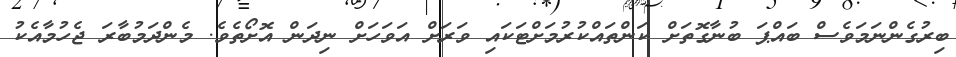
ބިރުގެންނަމަވެސް ބައްޕަ ބުނާގޮތަށް ކަންތައްކުރުމަށްޓަކައި ވަރަށް އަވަހަށް ނިދަން އޮށޯތެވެ. މެންދަމުބާރަ ޖެހުމާއެކު